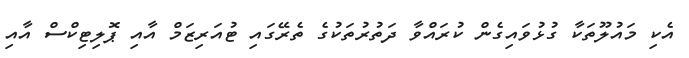
އެކި މައުލޫތަކާ ގުޅުވައިގެން ކުރައްވާ ދަތުރުތަކުގެ ތެރޭގައި ޓުއަރިޒަމް އާއި ޕޮލިޓިކްސް އާއި